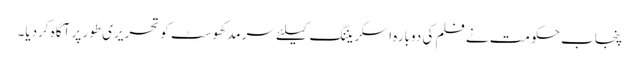
پنجاب حکومت نے فلم کی دوبارہ اسکریننگ کیلئے سرمد کھوسٹ کو تحریری طور پر آگاہ کردیا۔